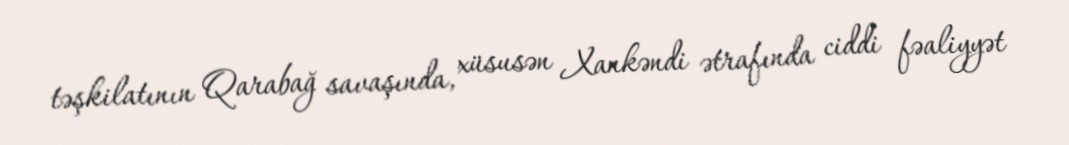
təşkilatının Qarabağ savaşında, xüsusən Xankəndi ətrafında ciddi fəaliyyət